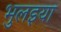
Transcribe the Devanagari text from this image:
भुलइया